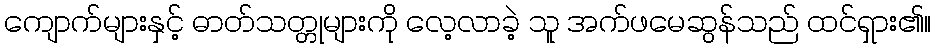
ကျောက်များနှင့် ဓာတ်သတ္တုများကို လေ့လာခဲ့ သူ အက်ဖမေဆွန်သည် ထင်ရှား၏။